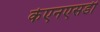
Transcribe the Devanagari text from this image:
केएनएसडी